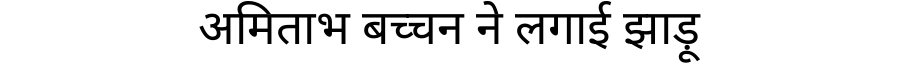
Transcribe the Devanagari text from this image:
अमिताभ बच्चन ने लगाई झाड़ू